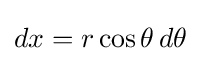
dx=r\cos \theta \,d\theta